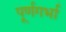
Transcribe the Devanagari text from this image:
पूर्णगर्भा